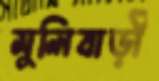
মুলিবাড়ী